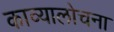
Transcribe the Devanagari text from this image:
काव्यालोचना